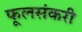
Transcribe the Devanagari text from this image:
फूलसंकरी